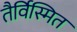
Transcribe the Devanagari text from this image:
तैर्विस्मित